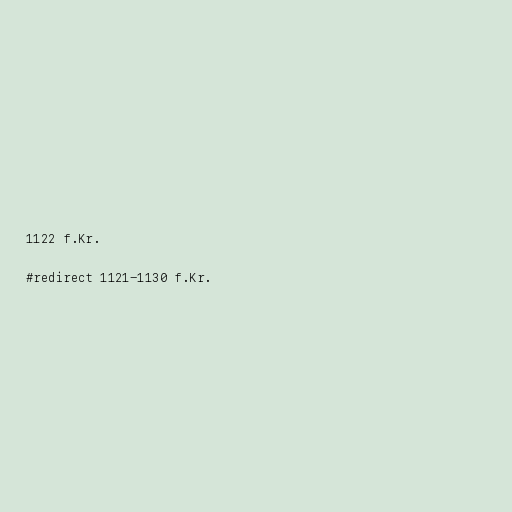
1122 f.Kr.

#redirect 1121-1130 f.Kr.